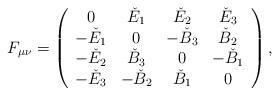
LaTeX: \begin{align*}F_{\mu\nu} = \left( \begin{array}{cccc} 0 & \check{E}_1 & \check{E}_2 & \check{E}_3 \\-\check{E}_1 & 0 & -\check{B}_3 & \check{B}_2 \\-\check{E}_2 & \check{B}_3 & 0 & -\check{B}_1 \\-\check{E}_3 & -\check{B}_2 & \check{B}_1 & 0 \\\end{array} \right) ,\end{align*}